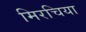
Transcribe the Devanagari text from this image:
मिरचिया